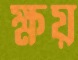
ক্ষয়